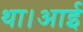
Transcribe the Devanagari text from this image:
था।आई